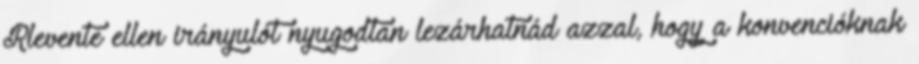
Rlevente ellen irányulót nyugodtan lezárhatnád azzal, hogy a konvencióknak